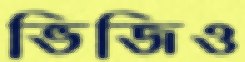
ভিজিও